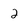
Character: 2